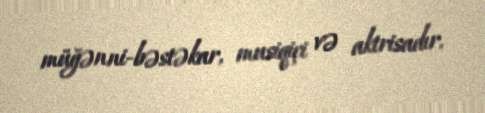
müğənni-bəstəkar, musiqiçi və aktrisadır.